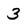
Character: 3